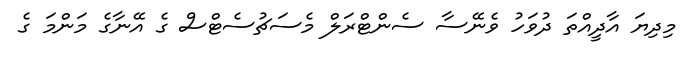
މިދިޔަ އާދީއްތަ ދުވަހު ވެނޭސާ ސެންޓްރަލް މެސަޗުސެޓްސް ގެ އޭނާގެ މަންމަ ގެ